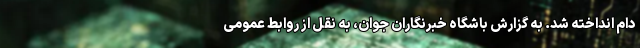
دام انداخته شد. به گزارش باشگاه خبرنگاران جوان، به نقل از روابط عمومی